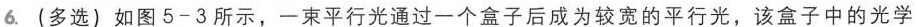
6.(多选)如图5-3所示，一束平行光通过一个盒子后成为较宽的平行光，该盒子中的光学